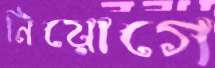
নিয়োগে